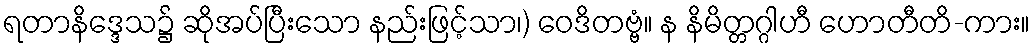
ရတာနိဒ္ဒေသ၌ ဆိုအပ်ပြီးသော နည်းဖြင့်သာ၊) ဝေဒိတဗ္ဗံ။ န နိမိတ္တဂ္ဂါဟီ ဟောတီတိ-ကား။